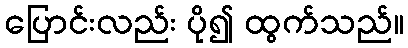
ပြောင်းလည်း ပို၍ ထွက်သည်။